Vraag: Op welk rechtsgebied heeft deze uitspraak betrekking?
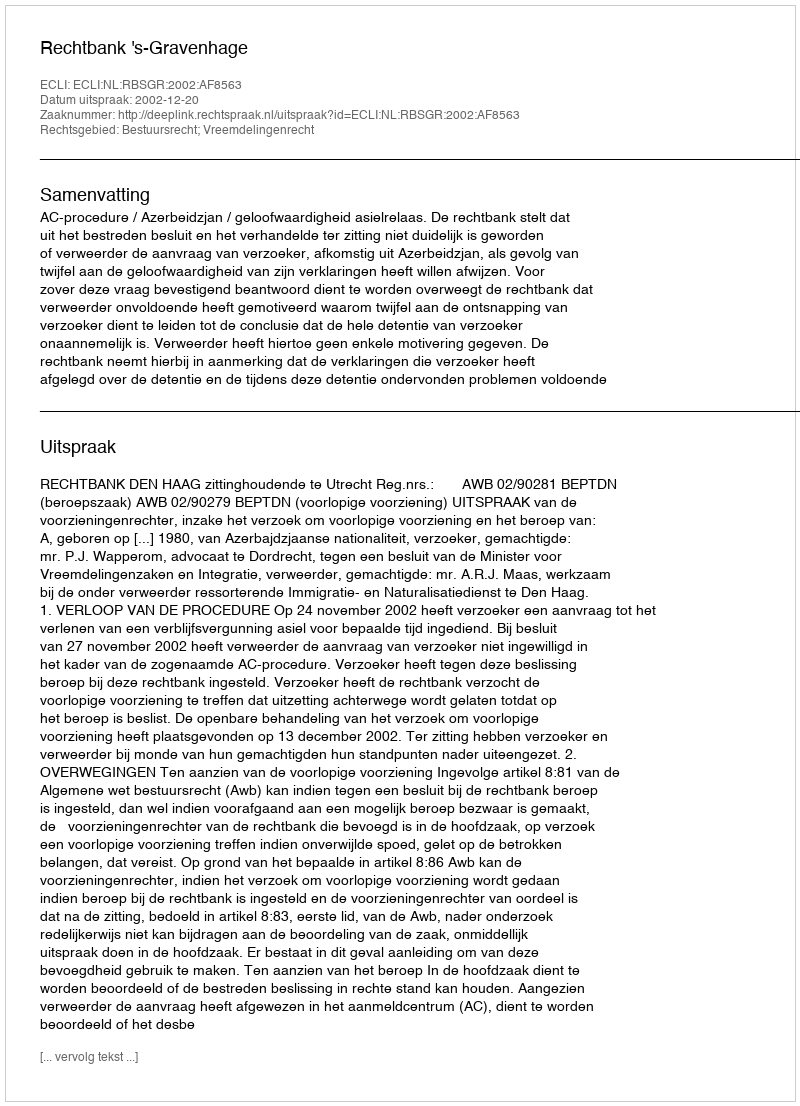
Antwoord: Bestuursrecht; Vreemdelingenrecht